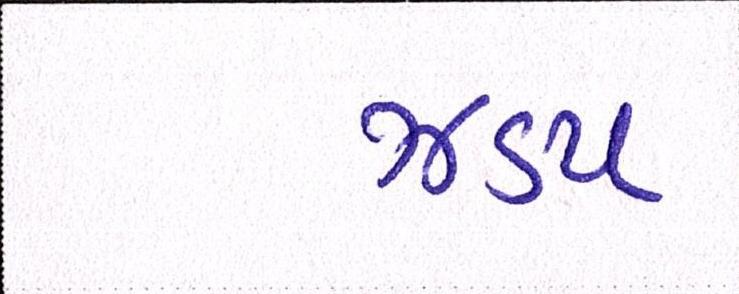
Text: ઝડપ